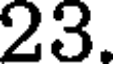
23.